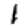
Digit: 1